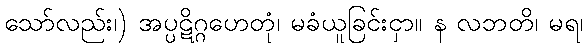
သော်လည်း၊) အပ္ပဋိဂ္ဂဟေတုံ၊ မခံယူခြင်းငှာ။ န လဘတိ၊ မရ၊